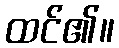
ထင်၏။